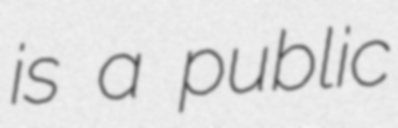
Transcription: is a public